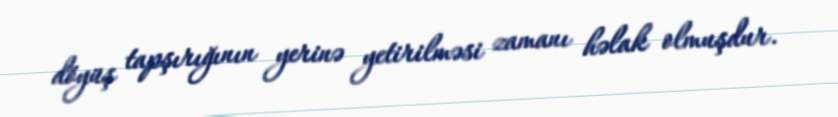
döyüş tapşırığının yerinə yetirilməsi zamanı həlak olmuşdur.